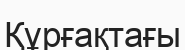
Құрғақтағы